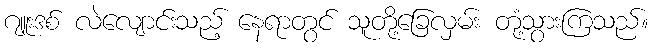
ဂျူးဒစ် လဲလျောင်းသည့် နေရာတွင် သူတို့ခြေလှမ်း တုံ့သွားကြသည်။